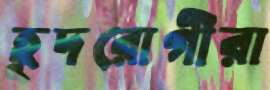
হূদরোগীরা